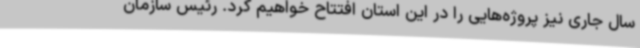
سال جاری نیز پروژه‌هایی را در این استان افتتاح خواهیم کرد. رئیس سازمان